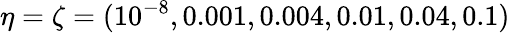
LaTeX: \eta=\zeta=(10^{-8},0.001,0.004,0.01,0.04,0.1)